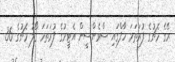
ރޭގެ މެޗުގެ ފުރަތަމަ ހާފްގައި ސްވެންސީން އެޓީމުގެ ފުރަތަމަ ގޯލު މެޗުގެ 36